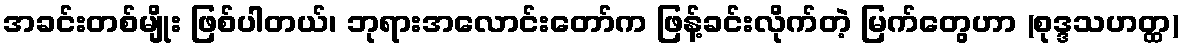
အခင်းတစ်မျိုး ဖြစ်ပါတယ်၊ ဘုရားအလောင်းတော်က ဖြန့်ခင်းလိုက်တဲ့ မြက်တွေဟာ (စုဒ္ဒသဟတ္ထ)